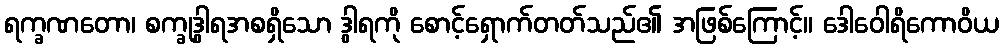
ရက္ခဏတော၊ စက္ခုဒွါရအစရှိသော ဒွါရကို စောင့်ရှောက်တတ်သည်၏ အဖြစ်ကြောင့်။ ဒေါဝေါရိကောဝိယ